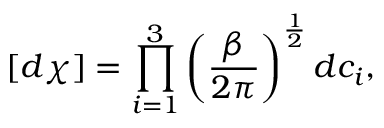
[ d \chi ] = \prod _ { i = 1 } ^ { 3 } \left( \frac { \beta } { 2 \pi } \right) ^ { \frac { 1 } { 2 } } d c _ { i } ,